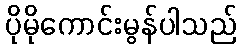
ပိုမိုကောင်းမွန်ပါသည်